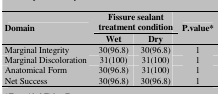
<table><thead><tr><td rowspan="2"><b>Domain</b></td><td colspan="2"><b>Fissure sealant treatment condition</b></td><td rowspan="2"><b>P.value*</b></td></tr><tr><td><b>Wet</b></td><td><b>Dry</b></td></tr></thead><tbody><tr><td> Marginal Integrity </td><td> 30(96.8) </td><td> 30(96.8) </td><td> 1 </td></tr><tr><td> Marginal Discoloration </td><td> 31(100) </td><td> 31(100) </td><td> 1 </td></tr><tr><td> Anatomical Form </td><td> 30(96.8) </td><td> 31(100) </td><td> 1 </td></tr><tr><td> Net Success </td><td> 30(96.8) </td><td> 30(96.8) </td><td> 1 </td></tr></tbody></table>